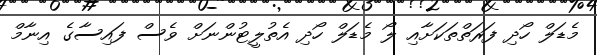
މެޑަލް ހޯދި ފަރަތްތަކަށާއި ލޯ މެޑަލް ހޯދި އެތުލީޓުންނަށް ވެސް ފައިސާގެ އިނާމް